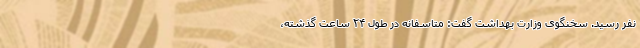
نفر رسید. سخنگوی وزارت بهداشت گفت: متاسفانه در طول ۲۴ ساعت گذشته،